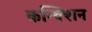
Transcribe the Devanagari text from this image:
कन्क्शिन